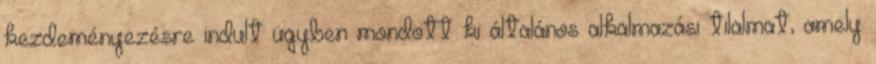
kezdeményezésre indult ügyben mondott ki általános alkalmazási tilalmat, amely